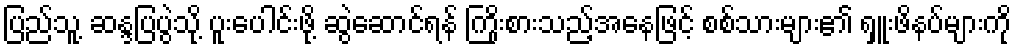
ပြည်သူ့ ဆန္ဒပြပွဲသို့ ပူးပေါင်းဖို့ ဆွဲဆောင်ရန် ကြိုးစားသည့်အနေဖြင့် စစ်သားများ၏ ရှူးဖိနပ်များကို